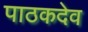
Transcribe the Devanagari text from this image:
पाठकदेव